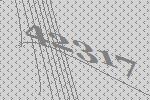
42317